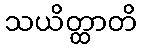
သယိတ္ထာတိ